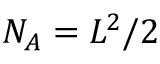
N _ { A } = L ^ { 2 } / 2